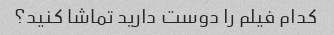
کدام فیلم را دوست دارید تماشا کنید؟